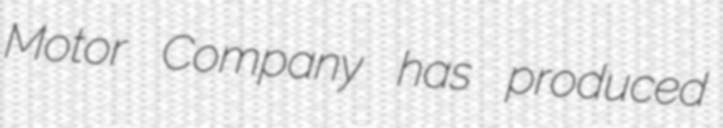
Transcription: Motor Company has produced